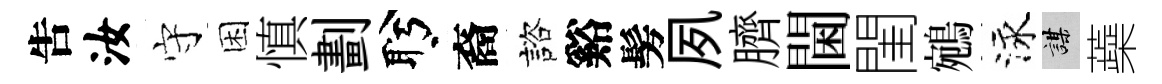
吿汝守困慎劃盻裔諮谿髣夙臍閫閨鵷泳謀蘃